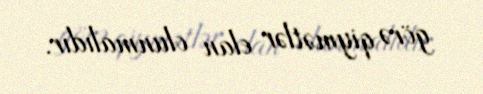
görə qiymətlər elan olunmalıdır.